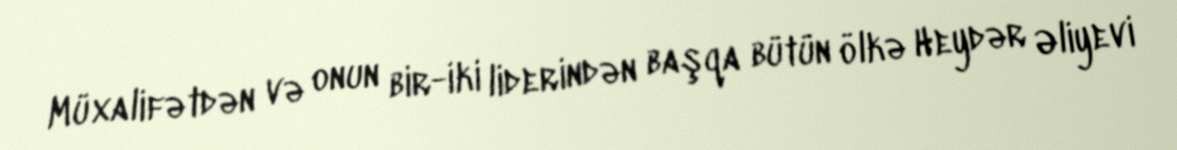
Müxalifətdən və onun bir-iki liderindən başqa bütün ölkə Heydər Əliyevi